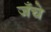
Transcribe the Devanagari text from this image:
जँचे